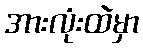
အားလုံးထဲမှာ